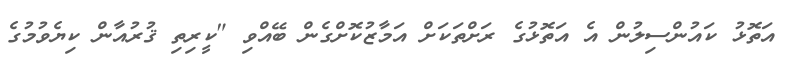
އަތޮޅު ކައުންސިލުން އެ އަތޮޅުގެ ރަށްތަކަށް އަމާޒުކޮށްގެން ބޭއްވި "ކީރިތި ޤުރުއާން ކިޔެވުމުގެ